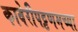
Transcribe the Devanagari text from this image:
कावेरीपट्टणमच्या